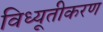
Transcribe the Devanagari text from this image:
विध्यूतीकरण